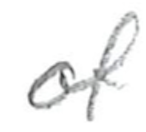
Text: of
Cross-out: clean
Writing tool: pencil